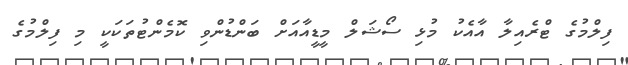
ފިލްމުގެ ޓްރެއިލާ އާއެކު މުޅި ސޯޝަލް މީޑީއާއަށް ބަންޑުންވި ކޮމެންޓުތަކަކީ މި ފިލްމުގެ